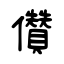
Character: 儹